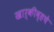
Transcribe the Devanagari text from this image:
खार्कीव्हचे